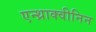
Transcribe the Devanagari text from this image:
एन्थ्राक्वीनिन